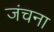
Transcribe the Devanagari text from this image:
जंचना